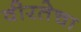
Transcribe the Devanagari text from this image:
वीरतेचा